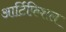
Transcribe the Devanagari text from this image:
आर्टिफ़िशल